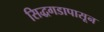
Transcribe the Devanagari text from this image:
सिद्धगडापासून